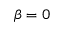
\beta = 0